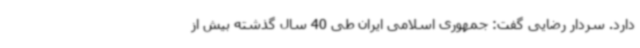
دارد. سردار رضایی گفت: جمهوری اسلامی ایران طی 40 سال گذشته بیش از